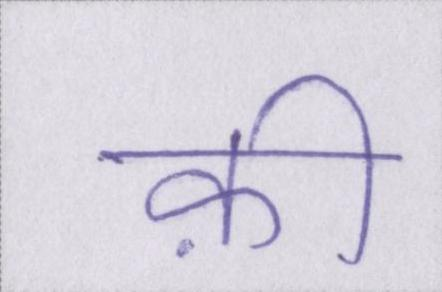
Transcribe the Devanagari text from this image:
क़ी